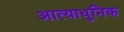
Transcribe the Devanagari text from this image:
आत्याधुनिक